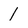
Character: 1